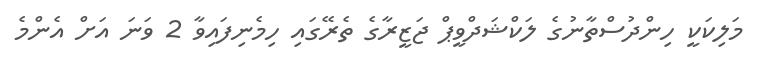
މަލިކަކީ ހިންދުސްތާނުގެ ލަކްޝަދްވީޕް ޖަޒީރާގެ ތެރޭގައި ހިމެނިފައިވާ 2 ވަނަ އަށް އެންމެ